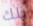
تلك